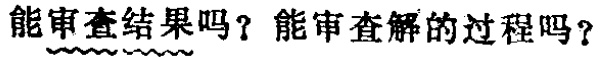
能审查结果吗？能审查解的过程吗？